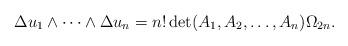
LaTeX: \begin{align*}\Delta u_1\wedge \dots\wedge\Delta u_n=n!\det(A_1,A_2,\dots,A_n)\Omega_{2n}.\end{align*}